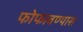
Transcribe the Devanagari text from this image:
फोफावण्यास